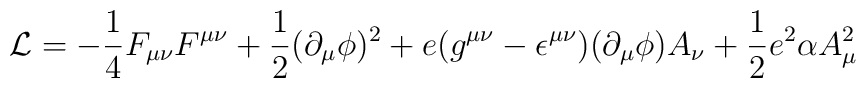
{\cal L} = -\frac{1}{4}F_{\mu\nu}F^{\mu\nu} + \frac{1}{2}(\partial_{\mu}\phi)^2 + e(g^{\mu\nu} - \epsilon^{\mu\nu})(\partial_{\mu}\phi)A_{\nu} + \frac{1}{2}e^2\alpha A_{\mu}^2